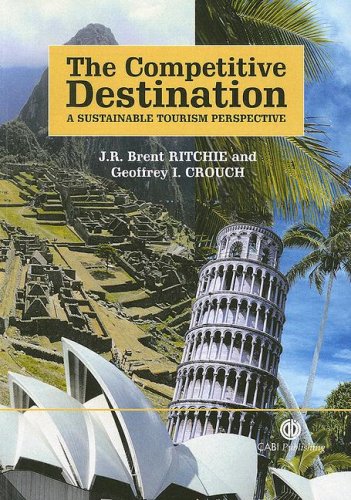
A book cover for The Competitive Destination: A Sustainable Tourism Perspective; JÂ RÂ Brent Ritchie; Travel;